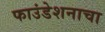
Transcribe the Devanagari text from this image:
फाउंडेशनाचा